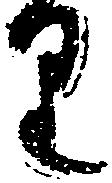
り